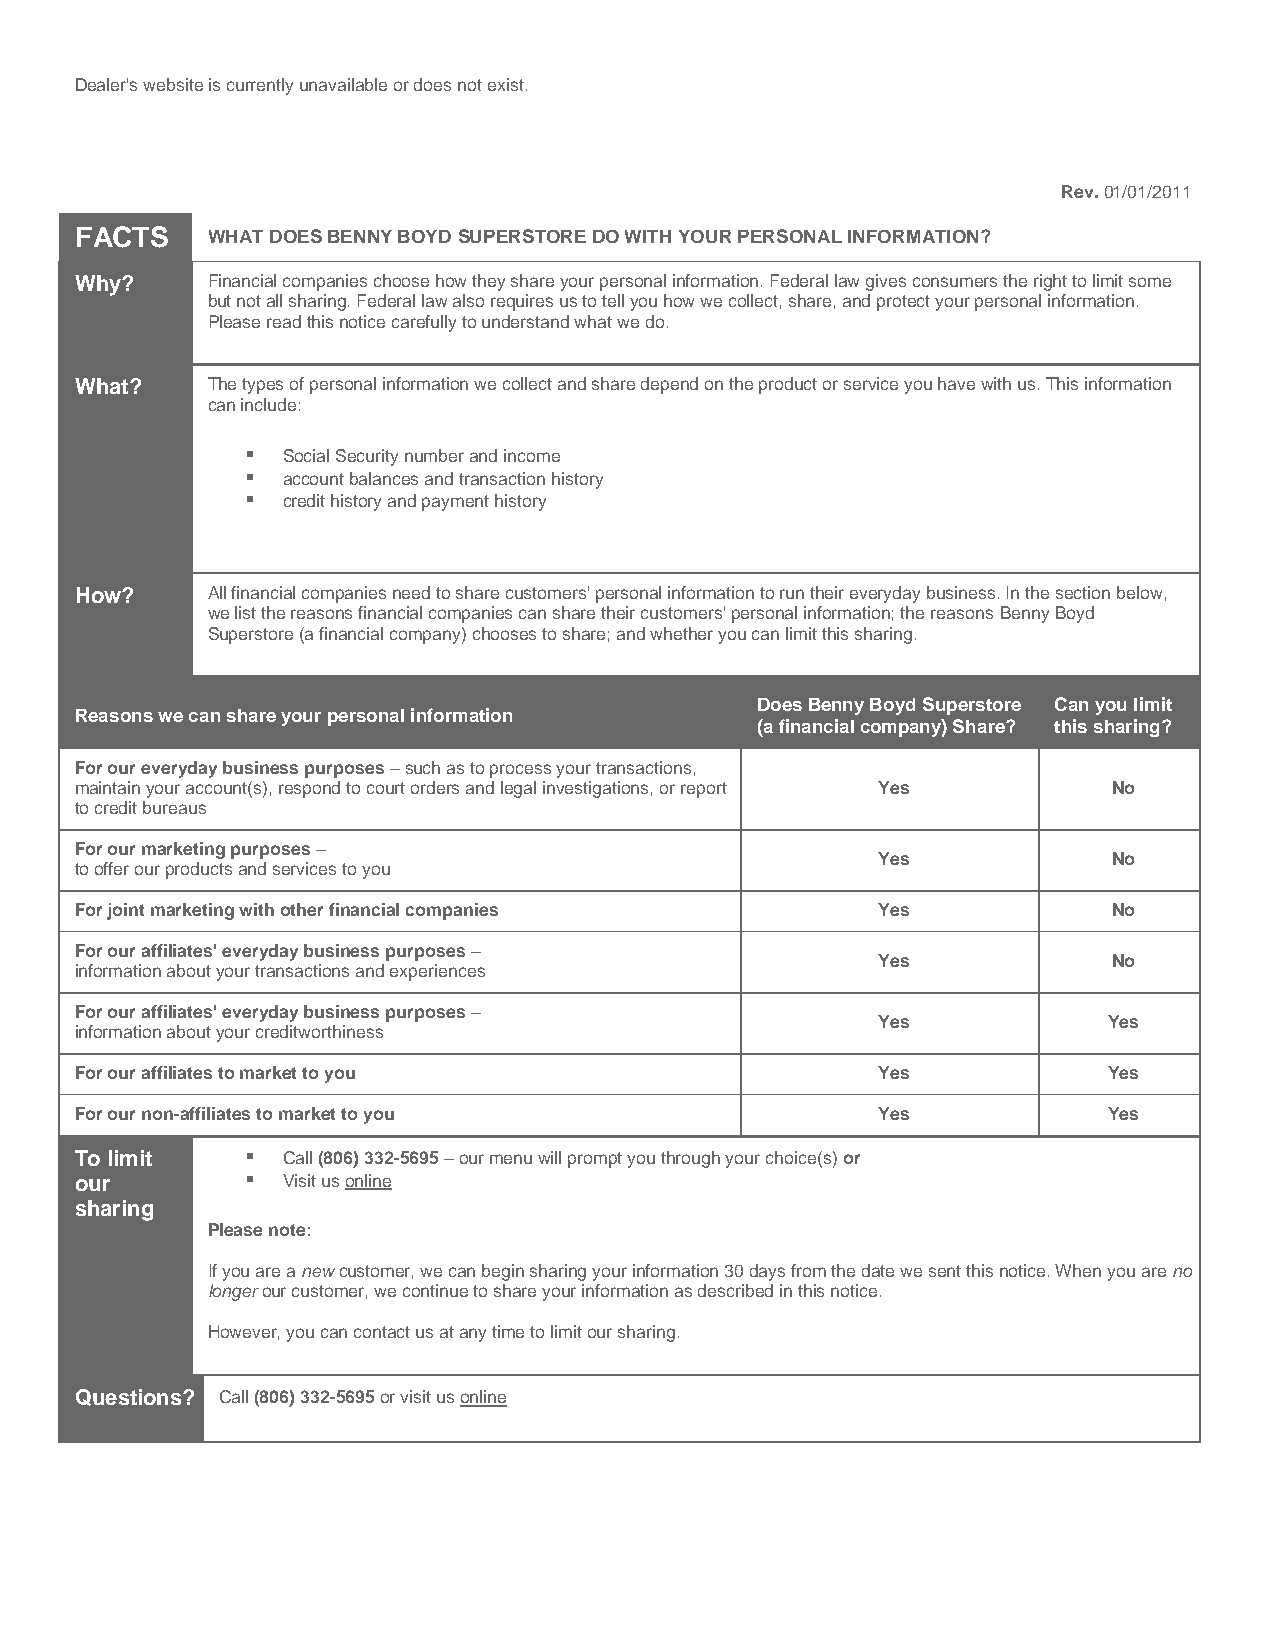
Dealer's website is currently unavailable or does not exist.
 Rev. 01/01/2011
 FACTS    WHAT DOES BENNY BOYD SUPERSTORE DO WITH YOUR PERSONAL INFORMATION?
 Why?     Financial companies choose how they share your personal information. Federal law gives consumers the right to limit some
 but not all sharing. Federal law also requires us to tell you how we collect, share, and protect your personal information.
 Please read this notice carefully to understand what we do.
 What?    The types of personal information we collect and share depend on the product or service you have with us. This information
 can include:
   Social Security number and income
   account balances and transaction history
   credit history and payment history
 How?     All financial companies need to share customers' personal information to run their everyday business. In the section below,
 we list the reasons financial companies can share their customers' personal information; the reasons Benny Boyd
 Superstore (a financial company) chooses to share; and whether you can limit this sharing.
 Does Benny Boyd Superstore Can you limit
 Reasons we can share your personal information
 (a financial company) Share? this sharing?
 For our everyday business purposes – such as to process your transactions,
 maintain your account(s), respond to court orders and legal investigations, or report Yes No
 to credit bureaus
 For our marketing purposes –
 Yes             No
 to offer our products and services to you
 For joint marketing with other financial companies   Yes             No
 For our affiliates' everyday business purposes –
 Yes             No
 information about your transactions and experiences
 For our affiliates' everyday business purposes –
 Yes            Yes
 information about your creditworthiness
 For our affiliates to market to you                  Yes            Yes
 For our non-affiliates to market to you              Yes            Yes
 To limit     Call (806) 332-5695 – our menu will prompt you through your choice(s) or
 our          Visit us online
 sharing
 Please note:
 If you are a new customer, we can begin sharing your information 30 days from the date we sent this notice. When you are no
 longer our customer, we continue to share your information as described in this notice.
 However, you can contact us at any time to limit our sharing.
 Questions? Call (806) 332-5695 or visit us online